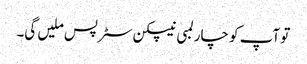
تو آپ کو چار لمبی نیپکن سٹرپس ملیں گی۔